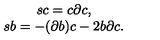
\begin{array} { c } { s c = c \partial c , } \\ { s b = - ( \partial b ) c - 2 b \partial c . } \\ \end{array}